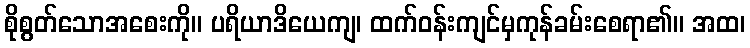
စိုစွတ်သောအစေးကို။ ပရိယာဒိယေကျ၊ ထက်ဝန်းကျင်မှကုန်ခမ်းစေရာ၏။ အထ၊